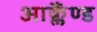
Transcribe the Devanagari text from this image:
आक्लैंण्ड